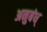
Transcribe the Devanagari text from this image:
अनुबंध्